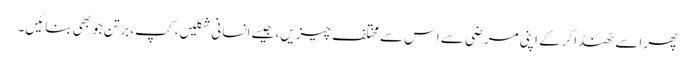
پھر اسے ٹھنڈا کرکے اپنی مرضی سے اس سے مختلف چیزیں ،جیسے انسانی شکلیں، کپ، برتن جو بھی بنائیں۔